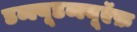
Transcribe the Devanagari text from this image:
डब्ल्यूडब्ल्यूऍफ़